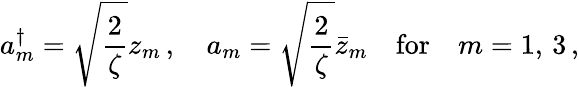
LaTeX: a_{m}^{\dagger}=\sqrt{\frac{2}{\zeta}}z_{m}\, ,\quad a_{m}=\sqrt{\frac{2}{\zeta}}\bar{z}_{m}\quad\textrm{for}\quad m=1,\, 3\, ,